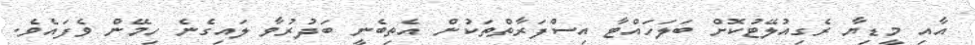
އާއި މީޑިޔާ ރެގިއުލޭޓުކޮށް ބަލަހައްޓާ އިސްފަރާތްތަކުން އެތިބެނީ ބަދުރުވާ ލައިގެނެ ހިމޭން ވެފައެވެ.